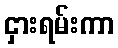
ငှားရမ်းကာ